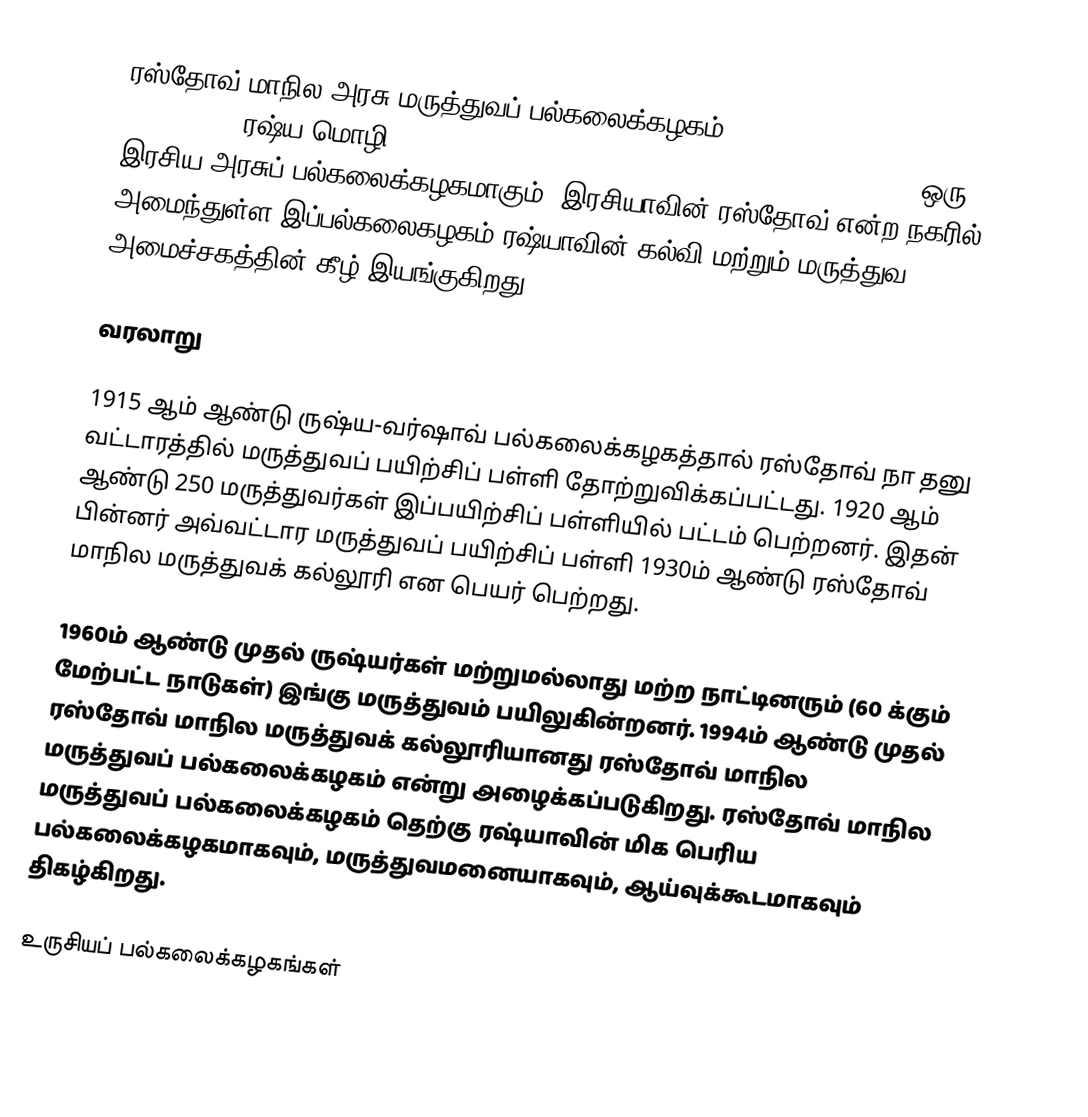
ரஸ்தோவ் மாநில அரசு மருத்துவப் பல்கலைக்கழகம் (Rostov State Medical University; ரஷ்ய மொழி: Ростовский Государственный Медицинский Университет) ஒரு இரசிய அரசுப் பல்கலைக்கழகமாகும். இரசியாவின் ரஸ்தோவ் என்ற நகரில் அமைந்துள்ள இப்பல்கலைகழகம் ரஷ்யாவின் கல்வி மற்றும் மருத்துவ அமைச்சகத்தின் கீழ் இயங்குகிறது.

வரலாறு

1915 ஆம் ஆண்டு ருஷ்ய-வர்ஷாவ் பல்கலைக்கழகத்தால் ரஸ்தோவ் நா தனு வட்டாரத்தில் மருத்துவப் பயிற்சிப் பள்ளி தோற்றுவிக்கப்பட்டது. 1920 ஆம் ஆண்டு 250 மருத்துவர்கள் இப்பயிற்சிப் பள்ளியில் பட்டம் பெற்றனர். இதன் பின்னர் அவ்வட்டார மருத்துவப் பயிற்சிப் பள்ளி 1930ம் ஆண்டு ரஸ்தோவ் மாநில மருத்துவக் கல்லூரி என பெயர் பெற்றது.

1960ம் ஆண்டு முதல் ருஷ்யர்கள் மற்றுமல்லாது மற்ற நாட்டினரும் (60 க்கும் மேற்பட்ட நாடுகள்) இங்கு மருத்துவம் பயிலுகின்றனர். 1994ம் ஆண்டு முதல் ரஸ்தோவ் மாநில மருத்துவக் கல்லூரியானது ரஸ்தோவ் மாநில மருத்துவப் பல்கலைக்கழகம் என்று அழைக்கப்படுகிறது. ரஸ்தோவ் மாநில மருத்துவப் பல்கலைக்கழகம் தெற்கு ரஷ்யாவின் மிக பெரிய பல்கலைக்கழகமாகவும், மருத்துவமனையாகவும், ஆய்வுக்கூடமாகவும் திகழ்கிறது.

உருசியப் பல்கலைக்கழகங்கள்